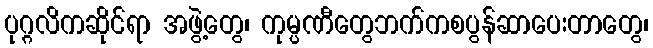
ပုဂ္ဂလိကဆိုင်ရာ အဖွဲ့တွေ၊ ကုမ္ပဏီတွေဘက်ကစပွန်ဆာပေးတာတွေ၊